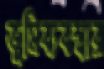
ভূমিব্যবস্থার